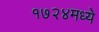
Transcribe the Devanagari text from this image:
१७२४मध्ये